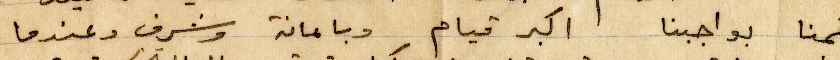
قمنا بواجبنا اكبر قيام وبامانة وشرف عندما